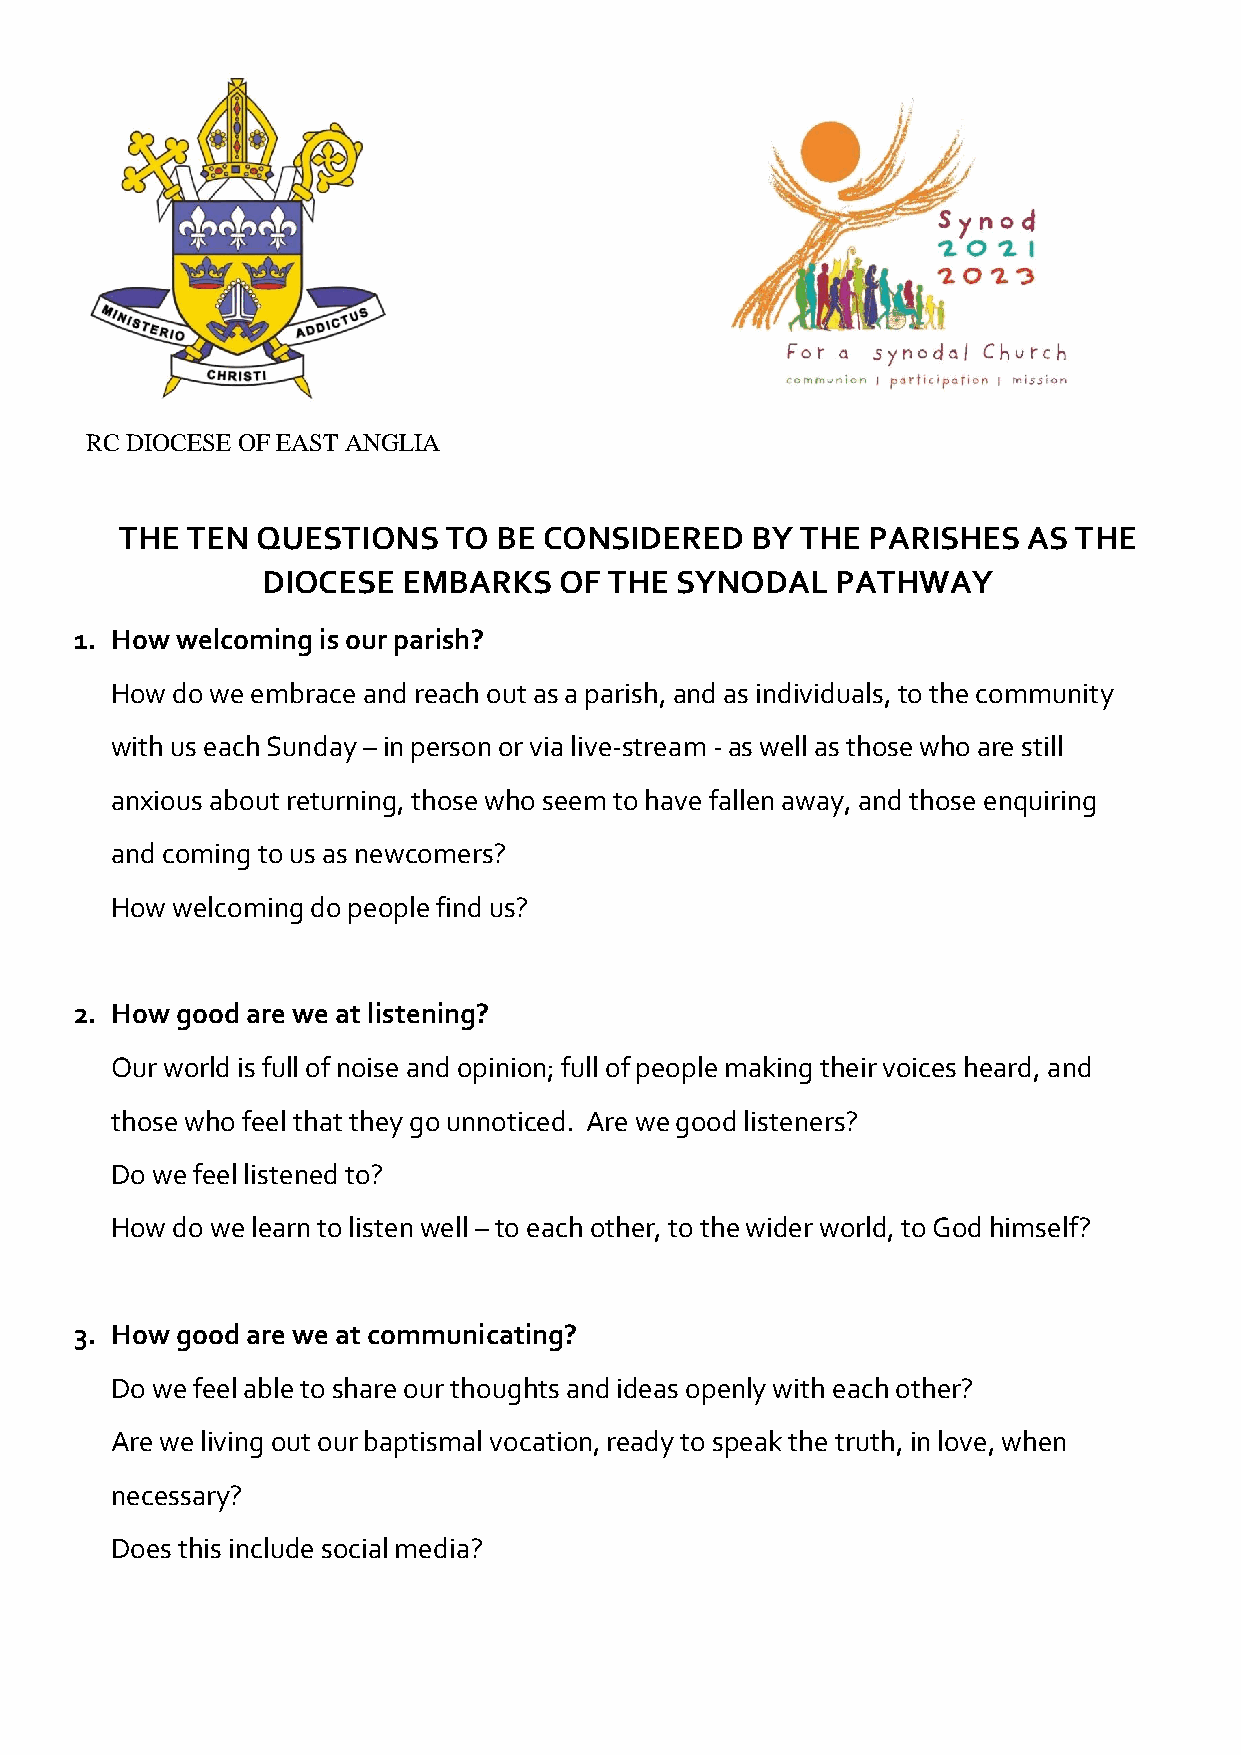
RC DIOCESE OF EAST ANGLIA
 THE TEN  QUESTIONS    TO BE CONSIDERED    BY THE PARISHES   AS THE
 DIOCESE   EMBARKS   OF THE  SYNODAL   PATHWAY
 1. How welcoming is our parish?
 How do we embrace and reach out as a parish, and as individuals, to the community
 with us each Sunday – in person or via live-stream - as well as those who are still
 anxious about returning, those who seem to have fallen away, and those enquiring
 and coming to us as newcomers?
 How welcoming do people find us?
 2. How good are we at listening?
 Our world is full of noise and opinion; full of people making their voices heard, and
 those who feel that they go unnoticed. Are we good listeners?
 Do we feel listened to?
 How do we learn to listen well – to each other, to the wider world, to God himself?
 3. How good are we at communicating?
 Do we feel able to share our thoughts and ideas openly with each other?
 Are we living out our baptismal vocation, ready to speak the truth, in love, when
 necessary?
 Does this include social media?